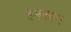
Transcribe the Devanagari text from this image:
इमकान